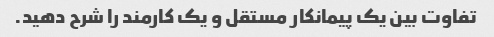
تفاوت بین یک پیمانکار مستقل و یک کارمند را شرح دهید.